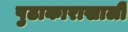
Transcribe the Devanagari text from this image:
पुढाकाराखाली